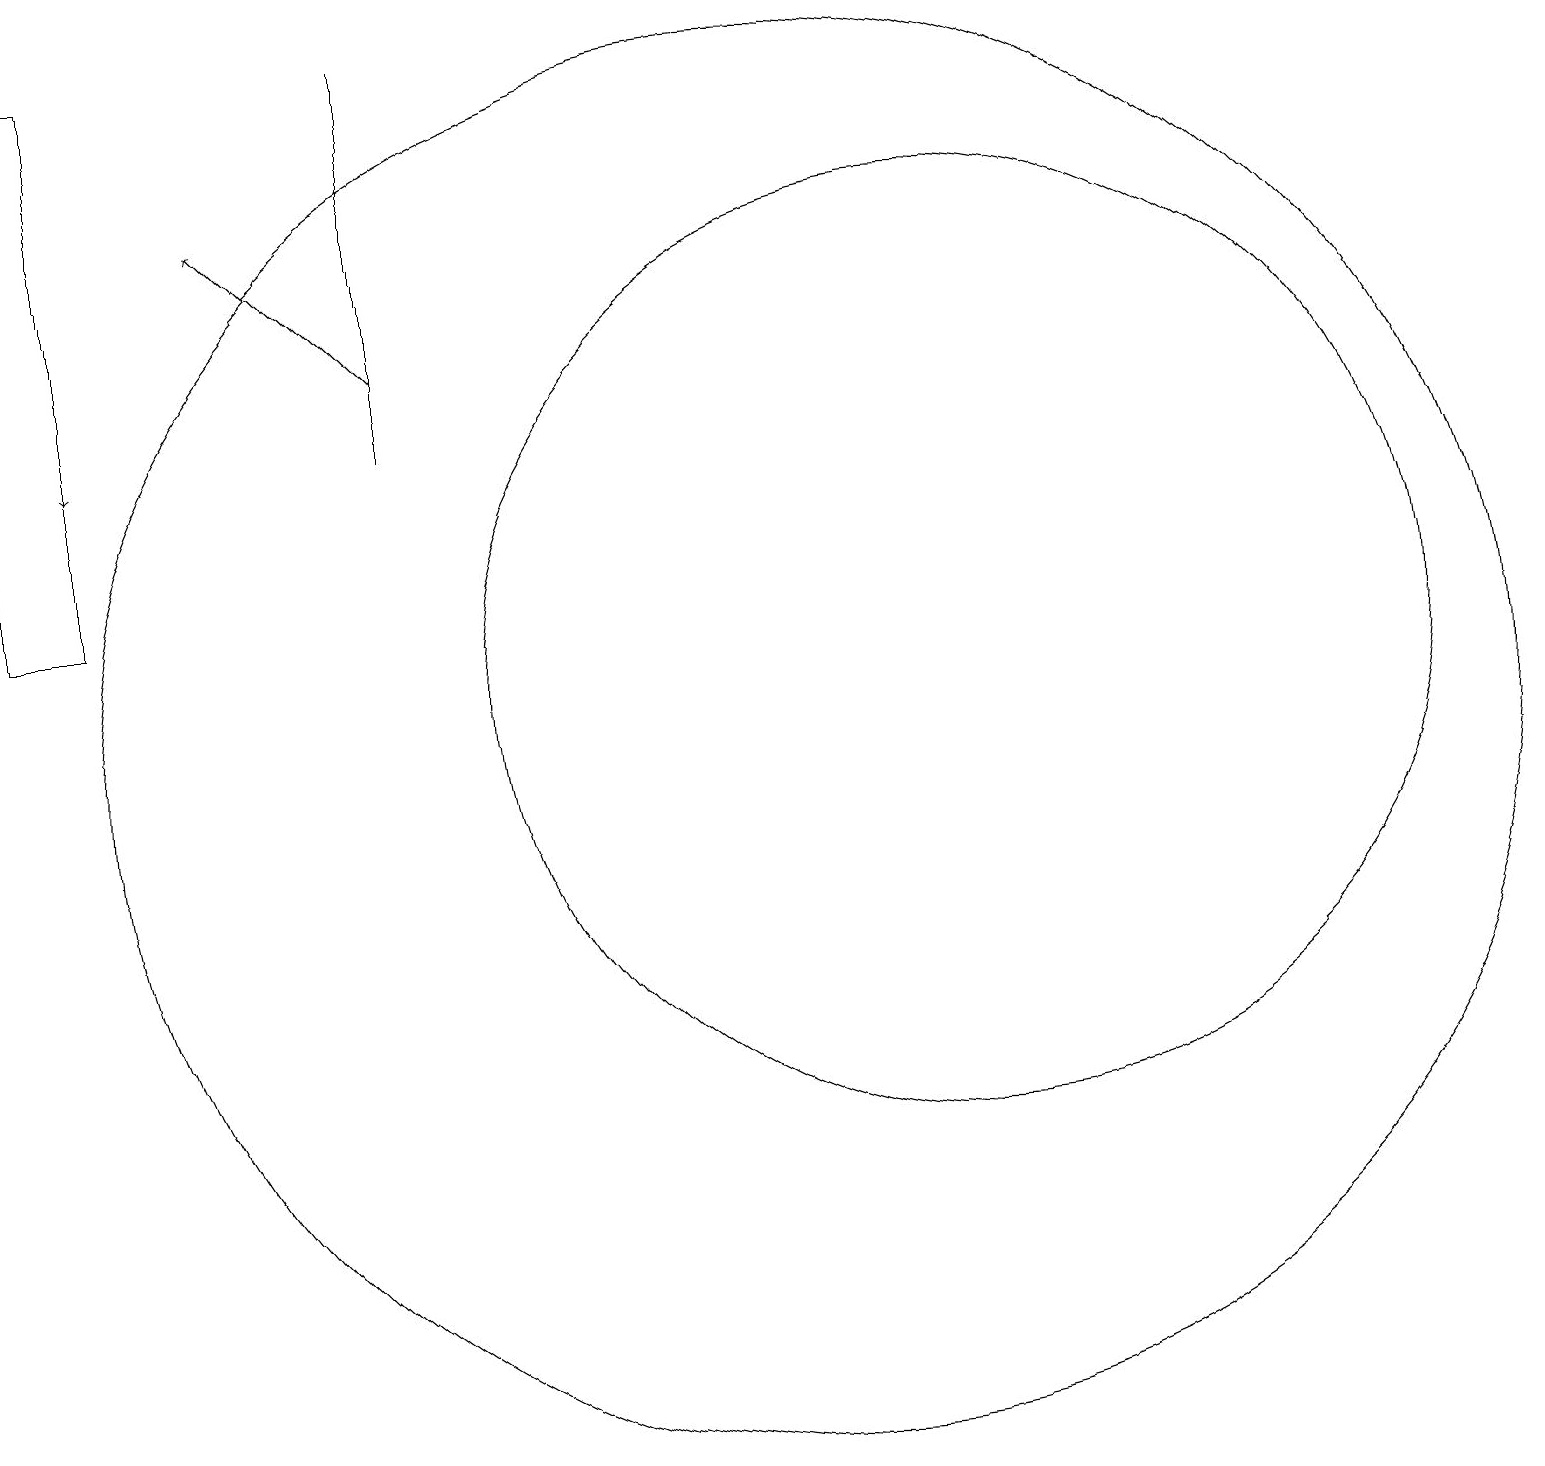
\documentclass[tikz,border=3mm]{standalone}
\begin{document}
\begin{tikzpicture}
\draw[->] (5,15) -- (3,17);
\draw (5,19) rectangle (5,14);
\draw (10,10) circle (9);
\draw (12,11) circle (6);
\draw[->] (1,19) -- (1,14);
\draw (1,12) rectangle (0,19);
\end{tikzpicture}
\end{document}